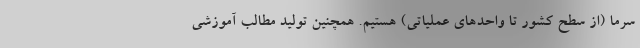
سرما (از سطح کشور تا واحدهای عملیاتی) هستیم. همچنین تولید مطالب آموزشی